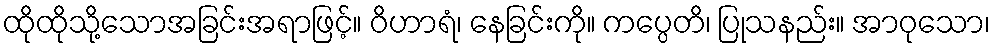
ထိုထိုသို့သောအခြင်းအရာဖြင့်။ ဝိဟာရံ၊ နေခြင်းကို။ ကပ္ပေတိ၊ ပြုသနည်း။ အာဝုသော၊